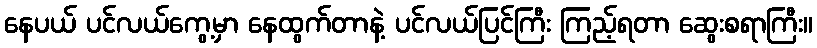
နေပယ် ပင်လယ်ကွေ့မှာ နေထွက်တာနဲ့ ပင်လယ်ပြင်ကြီး ကြည့်ရတာ ဆွေးစရာကြီး။